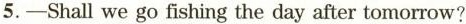
5.-Shall we go fishing the day after tomorrow?